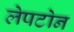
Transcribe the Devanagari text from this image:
लेपटोन